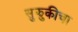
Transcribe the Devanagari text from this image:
सुझुकीचा